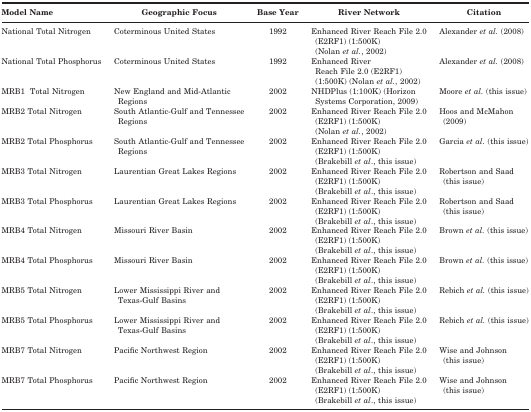
| Model Name | Geographic Focus | Base Year | River Network | Citation |
 | --- | --- | --- | --- | --- |
 | National Total Nitrogen | Coterminous United States | 1992 | Enhanced River Reach File 2.0 (E2RF1) (1:500K) (Nolan et al., 2002) | Alexander et al. (2008) |
 | National Total Phosphorus | Coterminous United States | 1992 | Enhanced River Reach File 2.0 (E2RF1) (1:500K) (Nolan et al., 2002) | Alexander et al. (2008) |
 | MRB1 Total Nitrogen | New England and Mid-Atlantic Regions | 2002 | NHDPlus (1:100K) (Horizon Systems Corporation, 2009) | Moore et al. (this issue) |
 | MRB2 Total Nitrogen | South Atlantic-Gulf and Tennessee Regions | 2002 | Enhanced River Reach File 2.0 (E2RF1) (1:500K) (Nolan et al., 2002) | Hoos and McMahon (2009) |
 | MRB2 Total Phosphorus | South Atlantic-Gulf and Tennessee Regions | 2002 | Enhanced River Reach File 2.0 (E2RF1) (1:500K)(Brakebill et al., this issue) | Garcia et al. (this issue) |
 | MRB3 Total Nitrogen | Laurentian Great Lakes Regions | 2002 | Enhanced River Reach File 2.0 (E2RF1) (1:500K) (Brakebill et al., this issue) | Robertson and Saad (this issue) |
 | MRB3 Total Phosphorus | Laurentian Great Lakes Regions | 2002 | Enhanced River Reach File 2.0 (E2RF1) (1:500K) (Brakebill et al., this issue) | Robertson and Saad (this issue) |
 | MRB4 Total Nitrogen | Missouri River Basin | 2002 | Enhanced River Reach File 2.0 (E2RF1) (1:500K) (Brakebill et al., this issue) | Brown et al. (this issue) |
 | MRB4 Total Phosphorus | Missouri River Basin | 2002 | Enhanced River Reach File 2.0 (E2RF1) (1:500K) (Brakebill et al., this issue) | Brown et al. (this issue) |
 | MRB5 Total Nitrogen | Lower Mississippi River and Texas-Gulf Basins | 2002 | Enhanced River Reach File 2.0 (E2RF1) (1:500K) (Brakebill et al., this issue) | Rebich et al. (this issue) |
 | MRB5 Total Phosphorus | Lower Mississippi River and Texas-Gulf Basins | 2002 | Enhanced River Reach File 2.0 (E2RF1) (1:500K) (Brakebill et al., this issue) | Rebich et al. (this issue) |
 | MRB7 Total Nitrogen | Pacific Northwest Region | 2002 | Enhanced River Reach File 2.0 (E2RF1) (1:500K) (Brakebill et al., this issue) | Wise and Johnson (this issue) |
 | MRB7 Total Phosphorus | Pacific Northwest Region | 2002 | Enhanced River Reach File 2.0 (E2RF1) (1:500K) (Brakebill et al., this issue) | Wise and Johnson (this issue) |